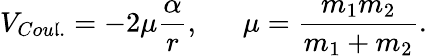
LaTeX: V_{Cou\mathfrak{l}.}=-2\mu\frac{{\alpha}}{{r}},\ \ \ \ \ \ \mu=\frac{{m_{1}m_{2}}}{{m_{1}+m_{2}}}.